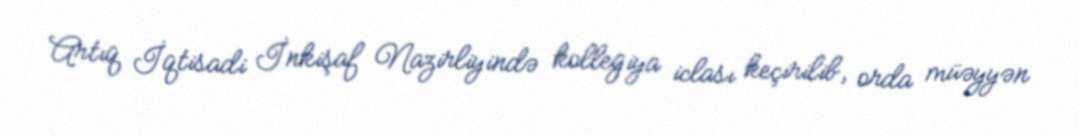
Artıq İqtisadi İnkişaf Nazirliyində kollegiya iclası keçirilib, orda müəyyən